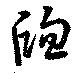
牎